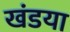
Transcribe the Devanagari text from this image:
खंडया